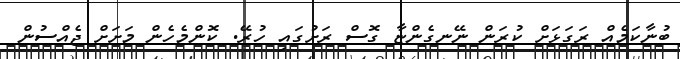
ބުނާކަމެއް ރަގަޅަށް ކުރަން ނޭނގެންޏާ ގޮސް ރަށުގައި ހުރޭ. ކޮންމެހެން މަށަށް ޖެއްސުން